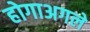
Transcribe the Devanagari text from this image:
होगाअगले